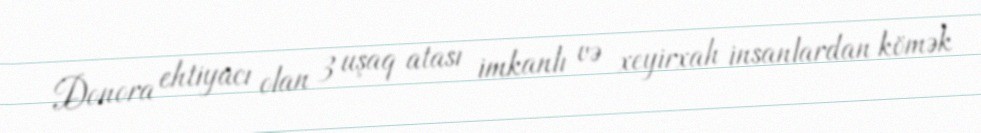
Donora ehtiyacı olan 3 uşaq atası imkanlı və xeyirxah insanlardan kömək